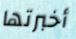
أخبرتها